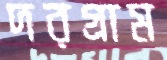
দরগ্রাম